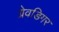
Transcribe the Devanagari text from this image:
ग्रेवडिगर